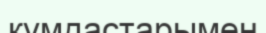
құмдастарымен